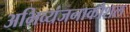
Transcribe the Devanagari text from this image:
अभिव्यंजनाकौशल